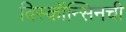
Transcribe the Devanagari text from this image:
विस्कॉन्सिनची